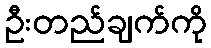
ဦးတည်ချက်ကို